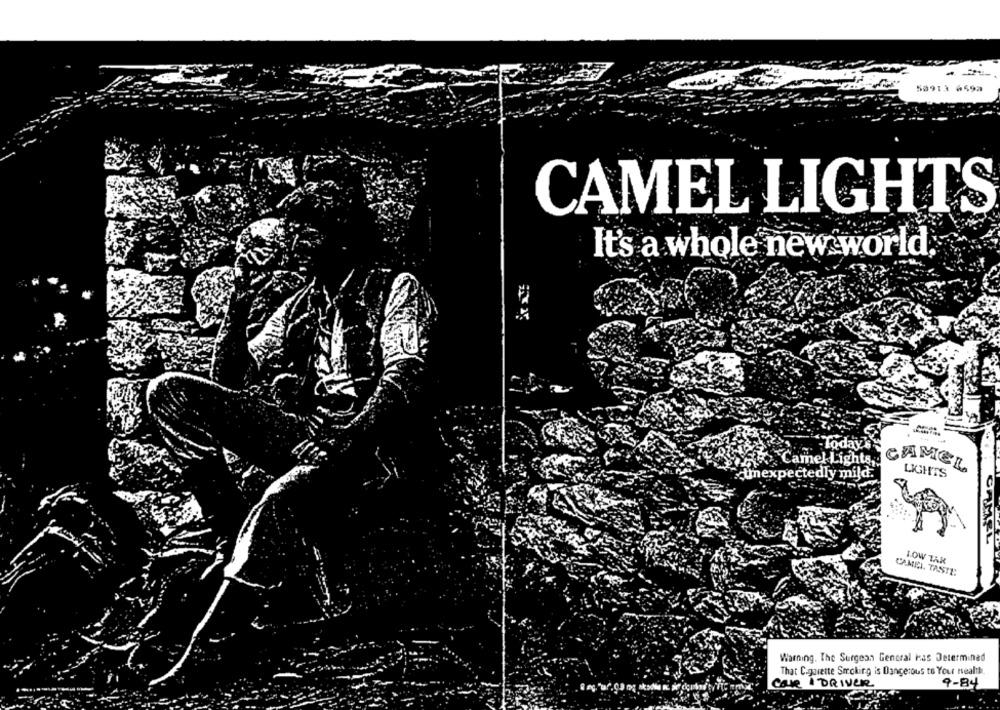
-
50913 4599
CAMEL LIGHTS
It's a whole new world,
Today's
Camel Lights, CAMEL
tmexpectedly mild.
LIGHT'TS
CAMEL
LOW TAK
CAMEL. TASTE:
Warning. The Surgeon General Has Determined
That C.gurette Smoking is Dangerous to Your Health
Case I DRIVER
9-84